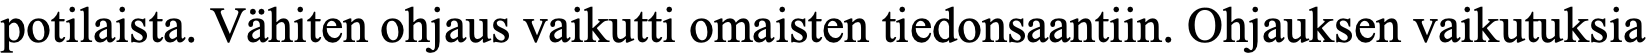
potilaista. Vähiten ohjaus vaikutti omaisten tiedonsaantiin. Ohjauksen vaikutuksia